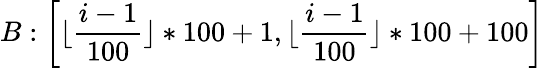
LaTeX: B:\left[\lfloor\frac{i-1}{100}\rfloor*100+1,\lfloor\frac{i-1}{100}\rfloor*100+100\right]